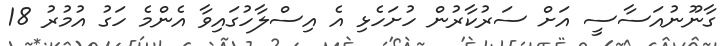
ގާނޫނުއަސާސީ އަށް ސަރުކާރުން ހުށަހެޅި އެ އިސްލާހުގައިވާ އެންމެ ހަގު އުމުރު 18